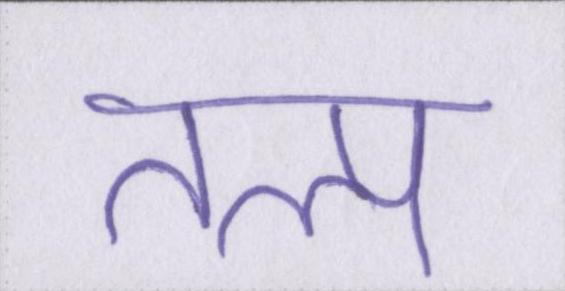
तल्प